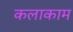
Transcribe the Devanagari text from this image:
कलाकाम